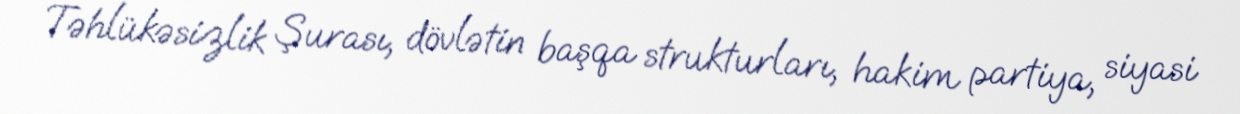
Təhlükəsizlik Şurası, dövlətin başqa strukturları, hakim partiya, siyasi